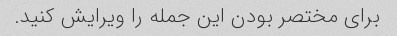
برای مختصر بودن این جمله را ویرایش کنید.